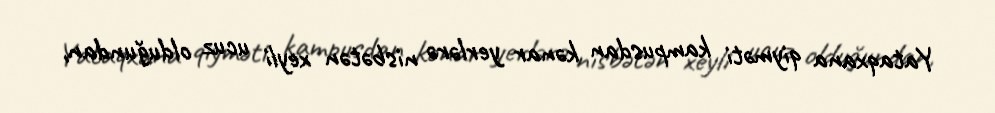
Yataqxana qiyməti kampusdan kənar yerlərə nisbətən xeyli ucuz olduğundan,